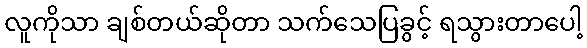
လူကိုသာ ချစ်တယ်ဆိုတာ သက်သေပြခွင့် ရသွားတာပေါ့